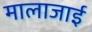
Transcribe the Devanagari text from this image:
मालाजाई